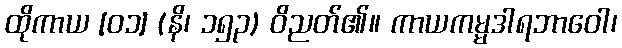
ထိုကာယ [၀၁] (နိ၊ ၁၅၃) ဝိညတ်၏။ ကာယကမ္မဒါရဘာဝေါ၊